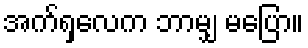
အက်ရှလေက ဘာမျှ မပြော။